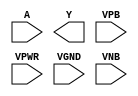
module sky130_fd_sc_ls__clkdlyinv3sd2 (
    //# {{data|Data Signals}}
    input  A   ,
    output Y   ,

    //# {{power|Power}}
    input  VPB ,
    input  VPWR,
    input  VGND,
    input  VNB
);
endmodule